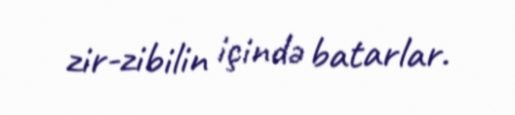
zir-zibilin içində batarlar.